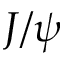
J / \psi